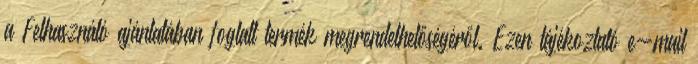
a Felhasználó ajánlatában foglalt termék megrendelhetőségéről. Ezen tájékoztató e-mail